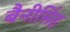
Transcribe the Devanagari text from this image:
बैनीसिंह